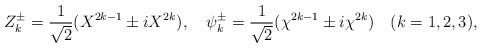
LaTeX: \begin{align*}Z^{\pm}_k={1\over \sqrt{2}}(X^{2k-1} \pm iX^{2k}),\quad\psi^{\pm}_k={1\over \sqrt{2}}(\chi^{2k-1} \pm i\chi^{2k})\quad (k=1,2,3),\end{align*}